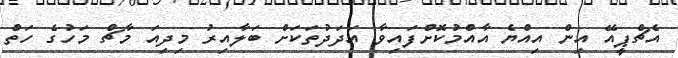
އެޗްޕީއޭ އިން އިއްޔެ އާއްމުކޮށްފައިވާ އަދަދުތަކަށް ބަލާއިރު މިދިއަ މާޗް މަހުގެ ހަތް